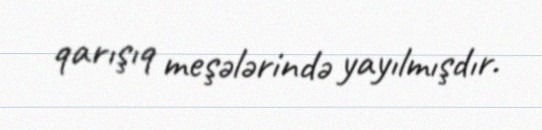
qarışıq meşələrində yayılmışdır.